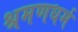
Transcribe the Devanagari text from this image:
श्रमणधर्म